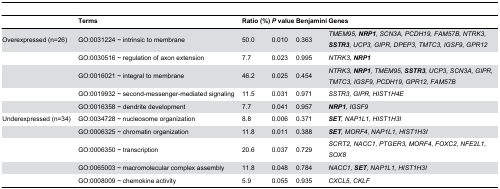
<table><thead><tr><td></td><td><b>Terms</b></td><td><b>Ratio (%)</b></td><td><b><i>P</i> value</b></td><td><b>Benjamini</b></td><td><b>Genes</b></td></tr></thead><tbody><tr><td>Overexpressed (n=26)</td><td>GO:0031224 ~ intrinsic to membrane</td><td>50.0</td><td>0.010</td><td>0.363</td><td><i>TMEM95, <b>NRP1</b>, SCN3A, PCDH19, FAM57B, NTRK3, <b>SSTR3</b>, UCP3, GIPR, DPEP3, TMTC3, IGSF9, GPR12</i></td></tr><tr><td></td><td>GO:0030516 ~ regulation of axon extension</td><td>7.7</td><td>0.023</td><td>0.995</td><td><i>NTRK3, <b>NRP1</b></i></td></tr><tr><td></td><td>GO:0016021 ~ integral to membrane</td><td>46.2</td><td>0.025</td><td>0.454</td><td><i>NTRK3, <b>NRP1</b>, TMEM95, <b>SSTR3</b>, UCP3, SCN3A, GIPR, TMTC3, IGSF9, PCDH19, GPR12, FAM57B</i></td></tr><tr><td></td><td>GO:0019932 ~ second-messenger-mediated signaling</td><td>11.5</td><td>0.031</td><td>0.971</td><td><i>SSTR3, GIPR, HIST1H4E</i></td></tr><tr><td></td><td>GO:0016358 ~ dendrite development</td><td>7.7</td><td>0.041</td><td>0.957</td><td><i><b>NRP1</b>, IGSF9</i></td></tr><tr><td>Underexpressed (n=34)</td><td>GO:0034728 ~ nucleosome organization</td><td>8.8</td><td>0.006</td><td>0.371</td><td><i><b>SET</b>, NAP1L1, HIST1H3I</i></td></tr><tr><td></td><td>GO:0006325 ~ chromatin organization</td><td>11.8</td><td>0.011</td><td>0.388</td><td><i><b>SET</b>, MORF4, NAP1L1, HIST1H3I</i></td></tr><tr><td></td><td>GO:0006350 ~ transcription</td><td>20.6</td><td>0.037</td><td>0.729</td><td><i>SCRT2, NACC1, PTGER3, MORF4, FOXC2, NFE2L1, SOX8</i></td></tr><tr><td></td><td>GO:0065003 ~ macromolecular complex assembly</td><td>11.8</td><td>0.048</td><td>0.784</td><td><i>NACC1, <b>SET</b>, NAP1L1, HIST1H3I</i></td></tr><tr><td></td><td>GO:0008009 ~ chemokine activity</td><td>5.9</td><td>0.055</td><td>0.935</td><td><i>CXCL5, CKLF</i></td></tr></tbody></table>